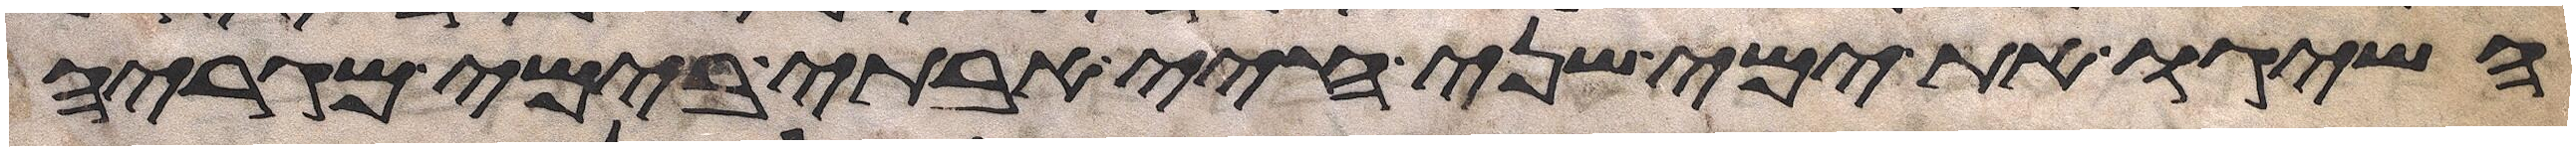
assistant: השיגו את ימי שני חיי אבותי בימי מגריהם